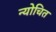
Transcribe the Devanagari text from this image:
न्योचित